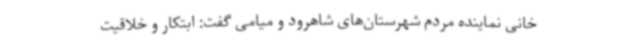
خانی نماینده مردم شهرستان‌های شاهرود و میامی گفت: ابتکار و خلاقیت